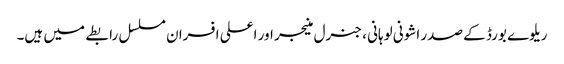
ریلوے بورڈ کے صدر اشونی لوہانی ، جنرل منیجر اور اعلی افسران مسلسل رابطے میں ہیں۔